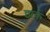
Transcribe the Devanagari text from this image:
झर्क